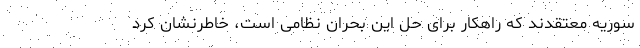
سوریه معتقدند که راهکار برای حل این بحران نظامی است، خاطرنشان کرد